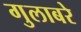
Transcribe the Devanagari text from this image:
गुलाबरे